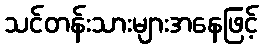
သင်တန်းသားများအနေဖြင့်